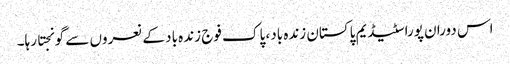
اس دوران پورا سٹیڈیم پاکستان زندہ باد، پاک فوج زندہ باد کے نعروں سے گونجتا رہا۔